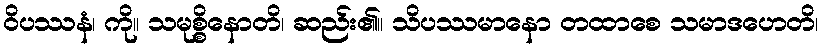
ဝိပဿနံ၊ ကို။ သမုစ္စိနောတိ၊ ဆည်း၏။ သိပဿမာနော တထာစေ သမာဒဟေတိ၊